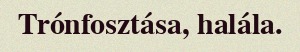
Trónfosztása, halála.